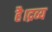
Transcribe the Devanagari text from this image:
है।द्रव्य